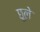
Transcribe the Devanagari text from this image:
छूले